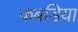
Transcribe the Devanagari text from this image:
कबडिया